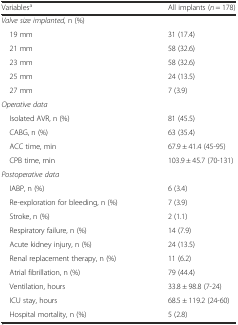
<table><thead><tr><td><b>Variables<sup>a</sup></b></td><td><b>All implants (<i>n</i> = 178)</b></td></tr></thead><tbody><tr><td><i>Valve size implanted,</i> n (%)</td><td></td></tr><tr><td> 19 mm</td><td>31 (17.4)</td></tr><tr><td> 21 mm</td><td>58 (32.6)</td></tr><tr><td> 23 mm</td><td>58 (32.6)</td></tr><tr><td> 25 mm</td><td>24 (13.5)</td></tr><tr><td> 27 mm</td><td>7 (3.9)</td></tr><tr><td><i>Operative data</i></td><td></td></tr><tr><td> Isolated AVR, n (%)</td><td>81 (45.5)</td></tr><tr><td> CABG, n (%)</td><td>63 (35.4)</td></tr><tr><td> ACC time, min</td><td>67.9 ± 41.4 (45-95)</td></tr><tr><td> CPB time, min</td><td>103.9 ± 45.7 (70-131)</td></tr><tr><td><i>Postoperative data</i></td><td></td></tr><tr><td> IABP, n (%)</td><td>6 (3.4)</td></tr><tr><td> Re-exploration for bleeding, n (%)</td><td>7 (3.9)</td></tr><tr><td> Stroke, n (%)</td><td>2 (1.1)</td></tr><tr><td> Respiratory failure, n (%)</td><td>14 (7.9)</td></tr><tr><td> Acute kidney injury, n (%)</td><td>24 (13.5)</td></tr><tr><td> Renal replacement therapy, n (%)</td><td>11 (6.2)</td></tr><tr><td> Atrial fibrillation, n (%)</td><td>79 (44.4)</td></tr><tr><td> Ventilation, hours</td><td>33.8 ± 98.8 (7-24)</td></tr><tr><td> ICU stay, hours</td><td>68.5 ± 119.2 (24-60)</td></tr><tr><td> Hospital mortality, n (%)</td><td>5 (2.8)</td></tr></tbody></table>